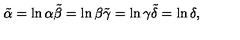
\tilde { \alpha } = \ln { \alpha } \tilde { \beta } = \ln { \beta } \tilde { \gamma } = \ln { \gamma } \tilde { \delta } = \ln { \delta } ,